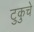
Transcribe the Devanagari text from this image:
टुकुचे